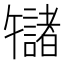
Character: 𫧬